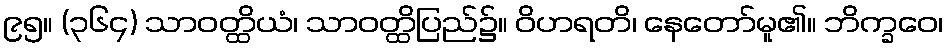
၉၅။ (၃၆၄) သာဝတ္ထိယံ၊ သာဝတ္ထိပြည်၌။ ဝိဟရတိ၊ နေတော်မူ၏။ ဘိက္ခဝေ၊